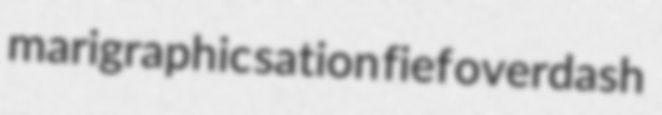
marigraphic sation fief overdash